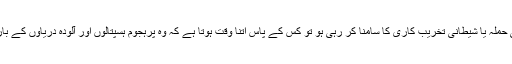
اگر قوم ایک بیرونی حملہ یا شیطانی تخریب کاری کا سامنا کر رہی ہو تو کس کے پاس اتنا وقت ہوتا ہے کہ وہ پرہجوم ہسپتالوں اور آلودہ دریاؤں کے بارے میں پریشان ہو؟